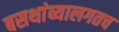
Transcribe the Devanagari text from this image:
बसथांब्यालगतच